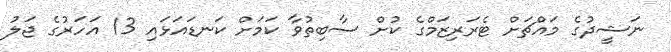
ނަޝީދުގެ މައްޗަށް ޓެރަރިޒަމްގެ ކުށް ސާބިތުވާ ކަމަށް ކަނޑައަޅައި 13 އަހަރުގެ ޖަލު